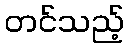
တင်သည့်